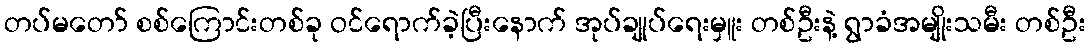
တပ်မတော် စစ်ကြောင်းတစ်ခု ဝင်ရောက်ခဲ့ပြီးနောက် အုပ်ချုပ်ရေးမှူး တစ်ဦးနဲ့ ရွာခံအမျိုးသမီး တစ်ဦး